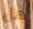
هل